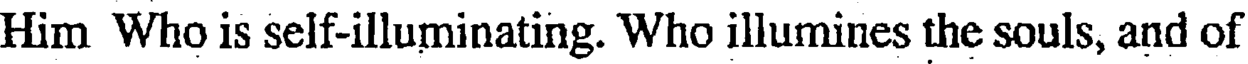
Him Who is self-illuminating. Who illumines the souls, and of